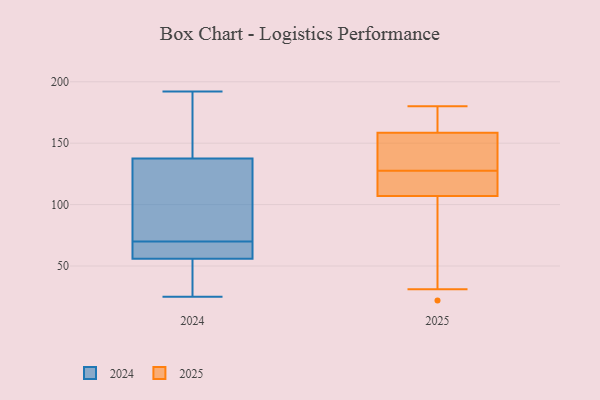
{"axis": {"x": "Page Views", "y": "Value"}, "legend": ["2024", "2025"], "data": [{"x": "", "y": 56, "type": "2024"}, {"x": "", "y": 192, "type": "2024"}, {"x": "", "y": 72, "type": "2024"}, {"x": "", "y": 115, "type": "2024"}, {"x": "", "y": 63, "type": "2024"}, {"x": "", "y": 170, "type": "2024"}, {"x": "", "y": 68, "type": "2024"}, {"x": "", "y": 160, "type": "2024"}, {"x": "", "y": 55, "type": "2024"}, {"x": "", "y": 78, "type": "2024"}, {"x": "", "y": 25, "type": "2024"}, {"x": "", "y": 56, "type": "2024"}, {"x": "", "y": 31, "type": "2025"}, {"x": "", "y": 173, "type": "2025"}, {"x": "", "y": 145, "type": "2025"}, {"x": "", "y": 102, "type": "2025"}, {"x": "", "y": 130, "type": "2025"}, {"x": "", "y": 122, "type": "2025"}, {"x": "", "y": 22, "type": "2025"}, {"x": "", "y": 166, "type": "2025"}, {"x": "", "y": 151, "type": "2025"}, {"x": "", "y": 180, "type": "2025"}, {"x": "", "y": 125, "type": "2025"}, {"x": "", "y": 112, "type": "2025"}]}